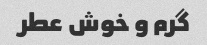
گرم و خوش عطر